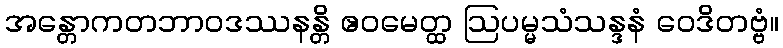
အန္တောကတဘာဝဒဿနန္တိ ဧဝမေတ္ထ ဩပမ္မသံသန္ဒနံ ဝေဒိတဗ္ဗံ။